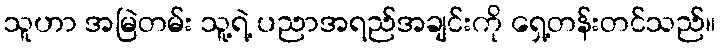
သူဟာ အမြဲတမ်း သူ့ရဲ့ ပညာအရည်အချင်းကို ရှေ့တန်းတင်သည်။